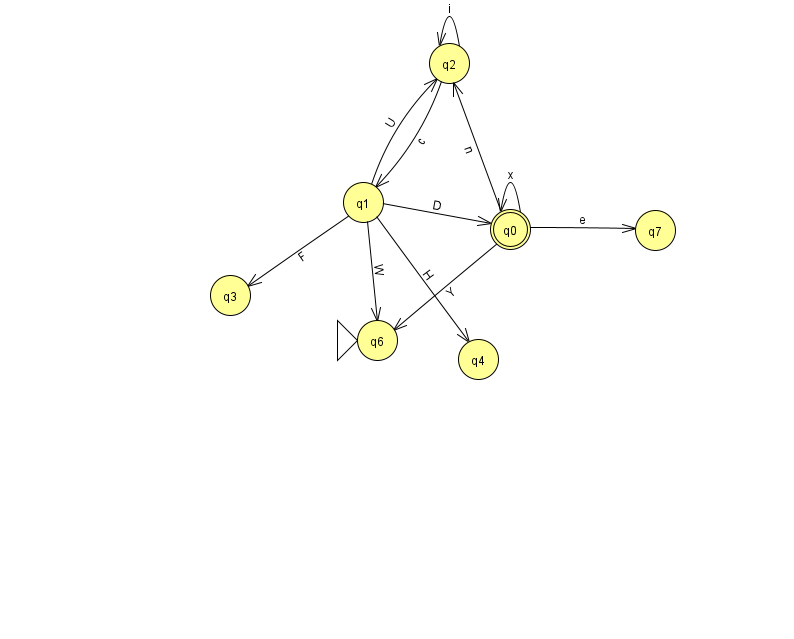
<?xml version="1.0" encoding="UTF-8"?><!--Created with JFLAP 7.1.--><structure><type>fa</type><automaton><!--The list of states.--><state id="0" name="q0"><x>510.0</x><y>216.0</y><final/></state><state id="1" name="q1"><x>363.0</x><y>189.0</y></state><state id="2" name="q2"><x>449.0</x><y>50.0</y></state><state id="3" name="q3"><x>230.0</x><y>282.0</y></state><state id="4" name="q4"><x>478.0</x><y>346.0</y></state><state id="6" name="q6"><x>377.0</x><y>327.0</y><initial/></state><state id="7" name="q7"><x>655.0</x><y>217.0</y></state><!--The list of transitions.--><transition><from>1</from><to>0</to><read>D</read></transition><transition><from>1</from><to>6</to><read>W</read></transition><transition><from>1</from><to>4</to><read>H</read></transition><transition><from>2</from><to>1</to><read>c</read></transition><transition><from>1</from><to>3</to><read>F</read></transition><transition><from>1</from><to>2</to><read>U</read></transition><transition><from>0</from><to>0</to><read>x</read></transition><transition><from>0</from><to>6</to><read>Y</read></transition><transition><from>2</from><to>2</to><read>i</read></transition><transition><from>0</from><to>2</to><read>n</read></transition><transition><from>0</from><to>7</to><read>e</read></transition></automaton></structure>